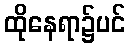
ထိုနေရာ၌ပင်